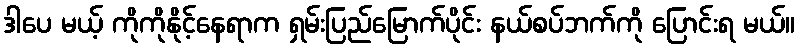
ဒါပေ မယ့် ကိုကိုနိုင့်နေရာက ရှမ်းပြည်မြောက်ပိုင်း နယ်စပ်ဘက်ကို ပြောင်းရ မယ်။